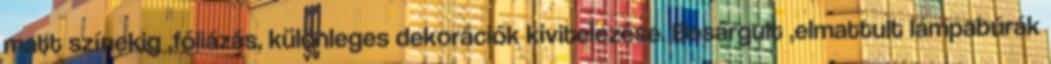
matt színekig ,fóliázás, különleges dekorációk kivitelezése. Besárgult ,elmattult lámpabúrák